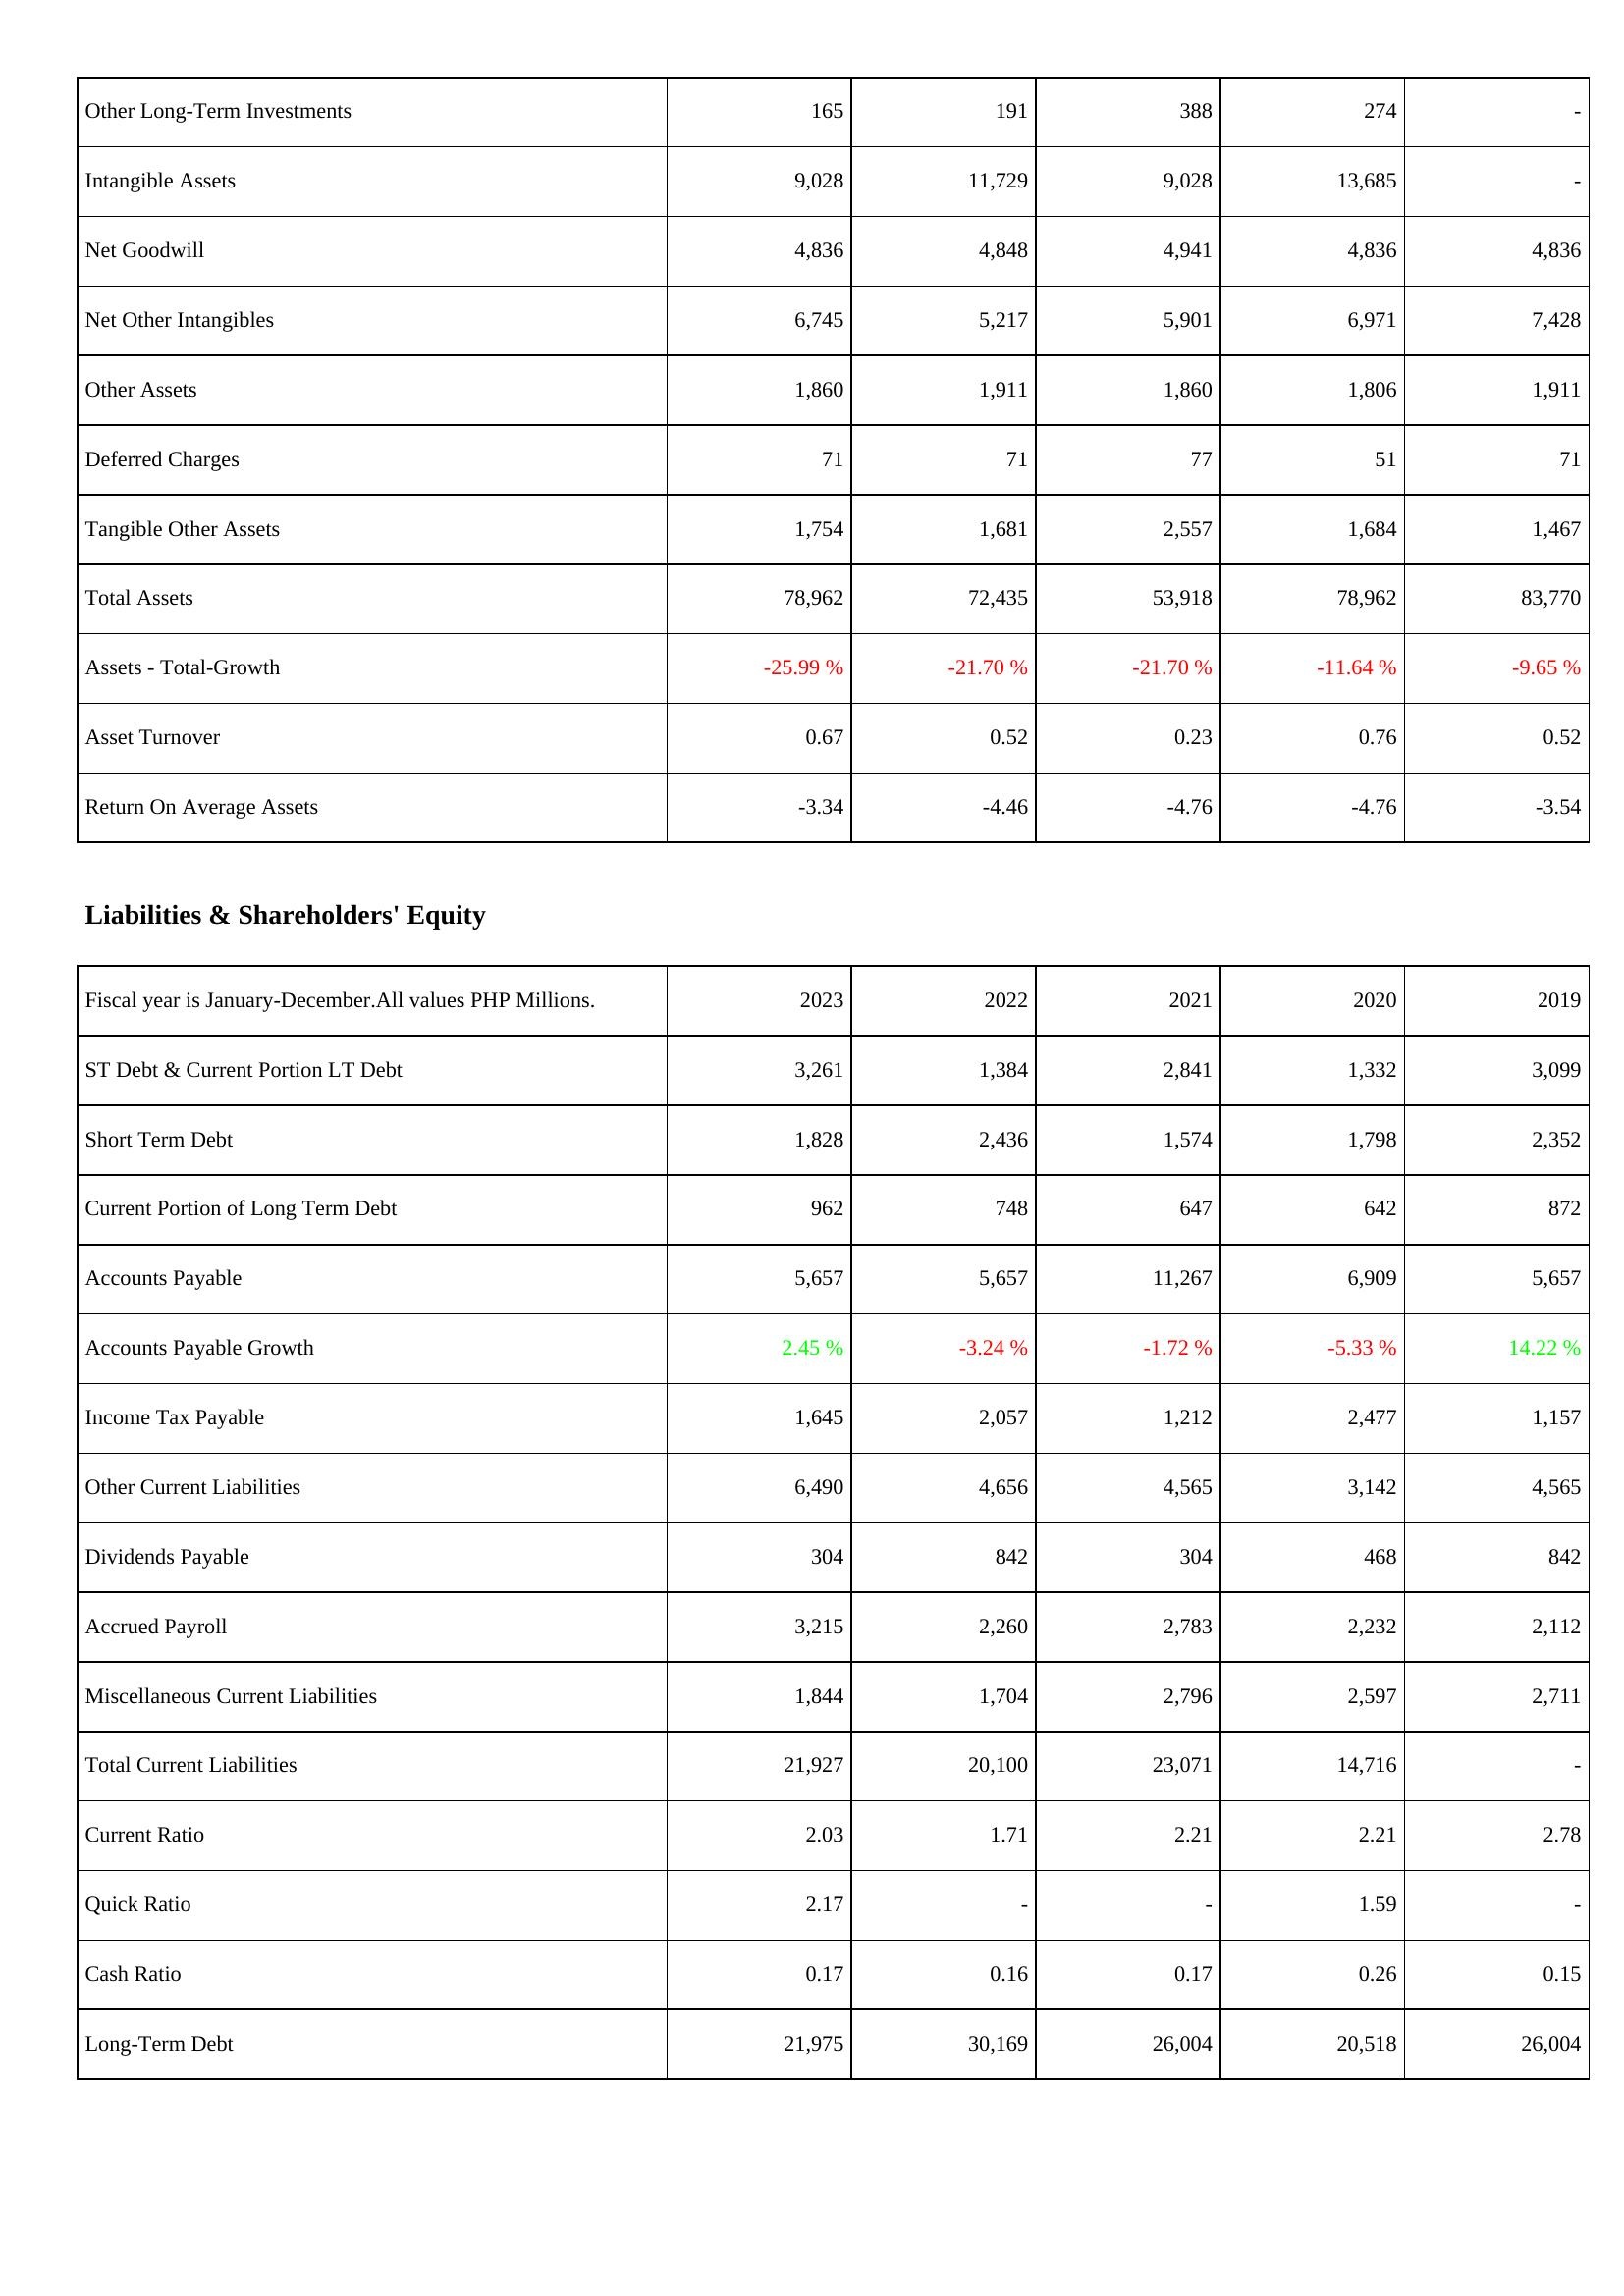
2023: Assets: Other Long-Term Investments: 165
Intangible Assets: 9,028
Net Goodwill: 4,836
Net Other Intangibles: 6,745
Other Assets: 1,860
Deferred Charges: 71
Tangible Other Assets: 1,754
Total Assets: 78,962
Assets - Total-Growth: -25.99 %
Asset Turnover: 0.67
Return On Average Assets: -3.34
Liabilities & Shareholders' Equity: ST Debt & Current Portion LT Debt: 3,261
Short Term Debt: 1,828
Current Portion of Long Term Debt: 962
Accounts Payable: 5,657
Accounts Payable Growth: 2.45 %
Income Tax Payable: 1,645
Other Current Liabilities: 6,490
Dividends Payable: 304
Accrued Payroll: 3,215
Miscellaneous Current Liabilities: 1,844
Total Current Liabilities: 21,927
Current Ratio: 2.03
Quick Ratio: 2.17
Cash Ratio: 0.17
Long-Term Debt: 21,975
2022: Assets: Other Long-Term Investments: 191
Intangible Assets: 11,729
Net Goodwill: 4,848
Net Other Intangibles: 5,217
Other Assets: 1,911
Deferred Charges: 71
Tangible Other Assets: 1,681
Total Assets: 72,435
Assets - Total-Growth: -21.70 %
Asset Turnover: 0.52
Return On Average Assets: -4.46
Liabilities & Shareholders' Equity: ST Debt & Current Portion LT Debt: 1,384
Short Term Debt: 2,436
Current Portion of Long Term Debt: 748
Accounts Payable: 5,657
Accounts Payable Growth: -3.24 %
Income Tax Payable: 2,057
Other Current Liabilities: 4,656
Dividends Payable: 842
Accrued Payroll: 2,260
Miscellaneous Current Liabilities: 1,704
Total Current Liabilities: 20,100
Current Ratio: 1.71
Quick Ratio: -
Cash Ratio: 0.16
Long-Term Debt: 30,169
2021: Assets: Other Long-Term Investments: 388
Intangible Assets: 9,028
Net Goodwill: 4,941
Net Other Intangibles: 5,901
Other Assets: 1,860
Deferred Charges: 77
Tangible Other Assets: 2,557
Total Assets: 53,918
Assets - Total-Growth: -21.70 %
Asset Turnover: 0.23
Return On Average Assets: -4.76
Liabilities & Shareholders' Equity: ST Debt & Current Portion LT Debt: 2,841
Short Term Debt: 1,574
Current Portion of Long Term Debt: 647
Accounts Payable: 11,267
Accounts Payable Growth: -1.72 %
Income Tax Payable: 1,212
Other Current Liabilities: 4,565
Dividends Payable: 304
Accrued Payroll: 2,783
Miscellaneous Current Liabilities: 2,796
Total Current Liabilities: 23,071
Current Ratio: 2.21
Quick Ratio: -
Cash Ratio: 0.17
Long-Term Debt: 26,004
2020: Assets: Other Long-Term Investments: 274
Intangible Assets: 13,685
Net Goodwill: 4,836
Net Other Intangibles: 6,971
Other Assets: 1,806
Deferred Charges: 51
Tangible Other Assets: 1,684
Total Assets: 78,962
Assets - Total-Growth: -11.64 %
Asset Turnover: 0.76
Return On Average Assets: -4.76
Liabilities & Shareholders' Equity: ST Debt & Current Portion LT Debt: 1,332
Short Term Debt: 1,798
Current Portion of Long Term Debt: 642
Accounts Payable: 6,909
Accounts Payable Growth: -5.33 %
Income Tax Payable: 2,477
Other Current Liabilities: 3,142
Dividends Payable: 468
Accrued Payroll: 2,232
Miscellaneous Current Liabilities: 2,597
Total Current Liabilities: 14,716
Current Ratio: 2.21
Quick Ratio: 1.59
Cash Ratio: 0.26
Long-Term Debt: 20,518
2019: Assets: Other Long-Term Investments: -
Intangible Assets: -
Net Goodwill: 4,836
Net Other Intangibles: 7,428
Other Assets: 1,911
Deferred Charges: 71
Tangible Other Assets: 1,467
Total Assets: 83,770
Assets - Total-Growth: -9.65 %
Asset Turnover: 0.52
Return On Average Assets: -3.54
Liabilities & Shareholders' Equity: ST Debt & Current Portion LT Debt: 3,099
Short Term Debt: 2,352
Current Portion of Long Term Debt: 872
Accounts Payable: 5,657
Accounts Payable Growth: 14.22 %
Income Tax Payable: 1,157
Other Current Liabilities: 4,565
Dividends Payable: 842
Accrued Payroll: 2,112
Miscellaneous Current Liabilities: 2,711
Total Current Liabilities: -
Current Ratio: 2.78
Quick Ratio: -
Cash Ratio: 0.15
Long-Term Debt: 26,004